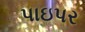
પાઇપર